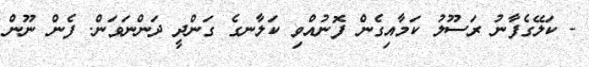
- ކަލޭގެފާނު ރަސޫލު ކަމާއިގެން ފޮނުއްވި ކަލާނގެ ގަންދީ ދަންނަވަން. ފެން ނޫން